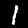
Digit: 1